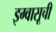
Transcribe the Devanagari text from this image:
इग्वासूची